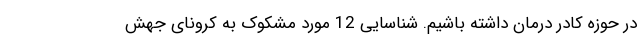
در حوزه کادر درمان داشته باشیم. شناسایی 12 مورد مشکوک به کرونای جهش